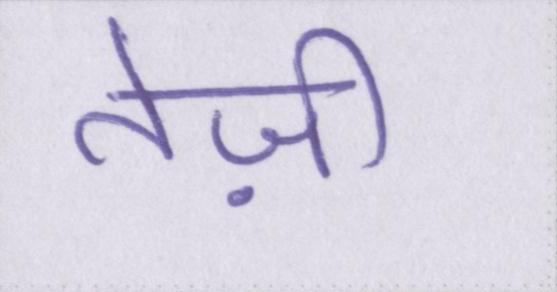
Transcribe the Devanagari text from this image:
तेज़ी